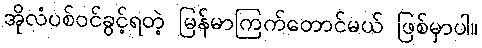
အိုလံပစ်ဝင်ခွင့်ရတဲ့ မြန်မာကြက်တောင်မယ် ဖြစ်မှာပါ။